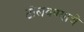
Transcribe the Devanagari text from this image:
टोलवण्याचे